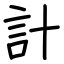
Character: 計